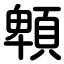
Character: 䫌